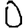
Digit: 0